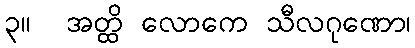
၃။  အတ္ထိ လောကေ သီလဂုဏော၊